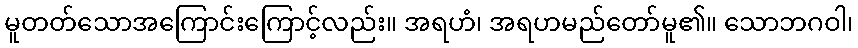
မူတတ်သောအကြောင်းကြောင့်လည်း။ အရဟံ၊ အရဟမည်တော်မူ၏။ သောဘဂဝါ၊